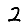
Digit: 2